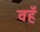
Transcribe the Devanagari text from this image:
वहँ